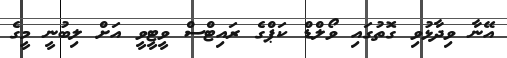
އޭނާ ވިދާޅުވި ގޮތުގައި ވޯލްޑް ކަޕްގެ ރައިޓްސް ވީޓީވީ އަށް ލިބުނީ މީގެ